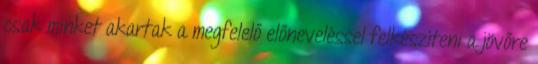
csak minket akartak a megfelelő előneveléssel felkészíteni a jövőre